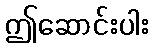
ဤဆောင်းပါး